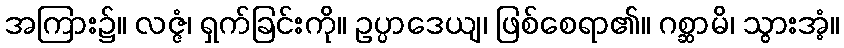
အကြား၌။ လဇ္ဇံ၊ ရှက်ခြင်းကို။ ဥပ္ပာဒေယျ၊ ဖြစ်စေရာ၏။ ဂစ္ဆာမိ၊ သွားအံ့။